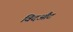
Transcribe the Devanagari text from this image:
विदऔट